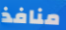
منافذ